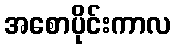
အစောပိုင်းကာလ